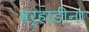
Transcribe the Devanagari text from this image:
वर्‍हाडींना